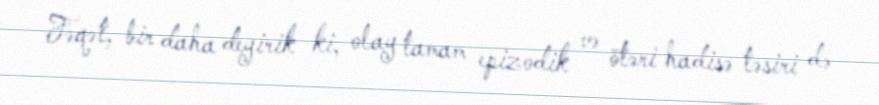
Fəqət, bir daha deyirik ki, olay tamam epizodik və ötəri hadisə təsiri də